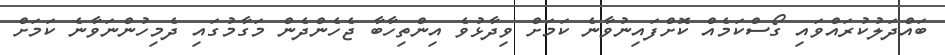
ބައްދަލުކުރައްވައި ގޯސްކަމެއް ކޮށްފައިނުވާނެ ކަމަށް ވިދާޅުވެ އިންތިހާބާ ޖެހެންދެން މަގާމުގައި ދެމިހުންނަވާނެ ކަމަށް